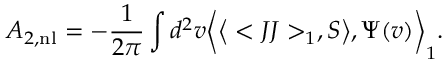
A _ { 2 , \mathrm { n l } } = - { \frac { 1 } { 2 \pi } } \int d ^ { 2 } v \bigg < \big < < J J > _ { 1 } , S \big > , \Psi ( v ) \bigg > _ { 1 } .